Report on sanitation, dispensaries, and jails in Rajputana for 1910, and on vaccination for the year 1910-1911 - 1910-1911
Year: 1910
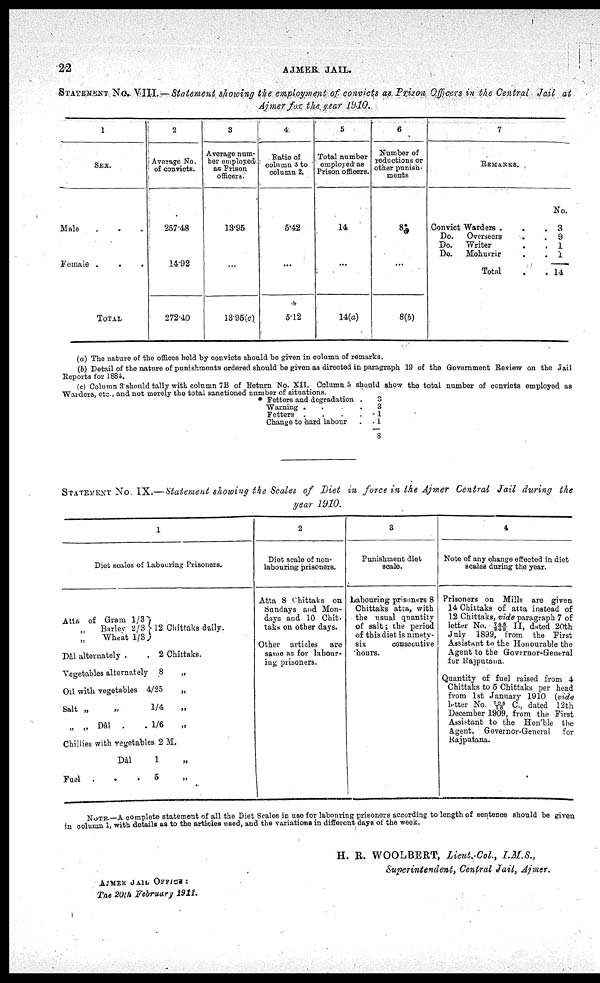
22
AJMER JAIL.
STATEMENT No. VIII —Statement showing the employment of convicts as Prison Officers in the Central Jail at
Ajmer for the year 1910.
1
SEX.
Male . . .
Female .
.
.
TOTAL
2
Average No.
of convicts.
257.48
14.92
272.40
3
Average num-
ber employed
as Prison
officers.
13.95
...
13.95(c)
4
Ratio of
column 3 to
column 2.
5.42
...
5.12
5
Total number
employed as
Prison officers.
14
...
14(a)
6
Number of
reductions or
other punish-
ments
8*
...
8(6)
7
REMARKS.
Convict Warders . .
Do.
Overseers . .
Do.
Writer . .
Do.
Mohurrir . .
Total . .
No.
3
9
1
1
14
(a) The nature of the offices held by convicts should be given in column of remarks.
(b) Detail of the nature of punishments ordered should be given as directed in paragraph 19 of the Government Review on the Jail
Reports for 1884.
(c) Column 3 should tally with column 7B of Return No. XII. Column 5 should show the total number of convicts employed as
Warders. etc., and not merely the total sanctioned number of situations.
* Fetters and degradation .
Warning
....
Fetters ....
Change to hard labour . .
3
3
1
1
8
STATEMENT No. IX.—Statement showing the Scales of Diet in force in the Ajmer Central Jail during the
year 1910.
1
Diet scales of Labouring Prisoners.
Atta of Gram 1/3
„ Barley 2/3
„ Wheat 1/3
12 Chittaks daily.
Dàl alternately .
. 2 Chittaks.
Vegetables alternately 8
„
Oil with vegetables 4/25
„
Salt „
„
1/4
„
„ „ Dâl
.
. 1/6
„
Chillies with regetables 2 M.
Dâl
1 „
Fuel
.
.
.
5 „
2
Diet scale of non-
labouring prisoners.
Atta 8 Chittaks on
Sundays and Mon-
days and 10 Chit-
taks on other days.
Other articles
are
same as for labour-
ing prisoners.
3
Punishment diet
scale.
Labouring prisoners 8
Chittaks atta, with
the usual quantity
of salt; the period
of this diet is ninety-
six
consecutive
hours.
4
Note of any change effected in diet
scales during the year.
Prisoners on Mills are given
14 Chittaks of atta instead of
12 Chittaks, vide paragraph 7 of
letter No. 745/248 II, dated 20th
July 1899, from the First
Assistant to the Honourable the
Agent to the Governor-General
for Rajputana.
Quantity of fuel raised from 4
Chittaks to 5 Chittaks per head
from 1st January 1910 (vide
letter No. 705/16 C., dated 12th
December 1909, from the First
Assistant to the Hon'ble the
Agent, Governor-General
for
Rajputana.
NOTE.—A complete statement of all the Diet Scales in use for labouring prisoners according to length of sentence should be given
in column 1, with details as to the articles used, and the variations in different days of the week.
H. R. WOOLBERT, Lieut.-Col., I.M.S.,
Superintendent, Central Jail, Ajmer.
AJMER JAIL OFFICE:
The 20th February 1911.